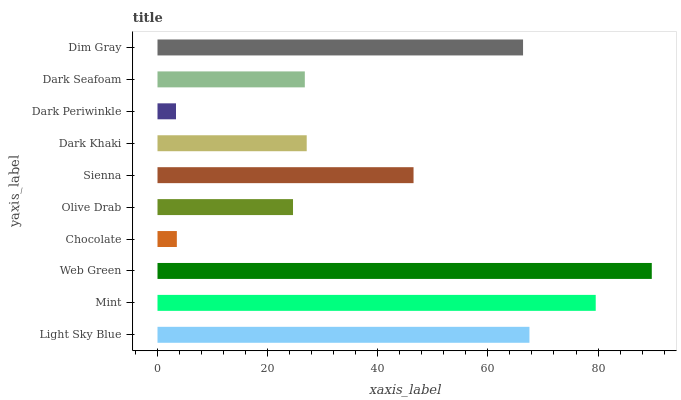
| yaxis_label | bars |
 | --- | --- |
 | Light Sky Blue | 67.5 |
 | Mint | 79.6 |
 | Web Green | 89.8 |
 | Chocolate | 3.51 |
 | Olive Drab | 24.6 |
 | Sienna | 46.5 |
 | Dark Khaki | 27.1 |
 | Dark Periwinkle | 3.36 |
 | Dark Seafoam | 26.8 |
 | Dim Gray | 66.4 |